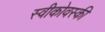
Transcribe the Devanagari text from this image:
स्वीकोवस्की